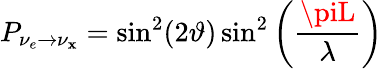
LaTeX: P_{\nu_{e}\rightarrow\nu_{\mathbf{x}}}=\sin^{2}(2\vartheta)\sin^{2}\left(\frac{{\piL}}{{\lambda}}\right)